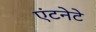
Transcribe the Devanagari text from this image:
एंटनेटे